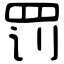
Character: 罚